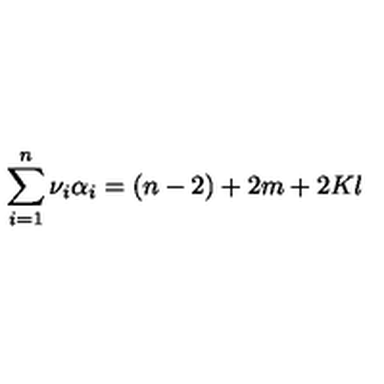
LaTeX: \sum _ { i = 1 } ^ { n } \nu _ { i } \alpha _ { i } = ( n - 2 ) + 2 m + 2 K l